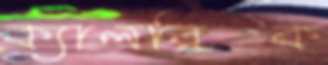
ক্যালরিক